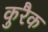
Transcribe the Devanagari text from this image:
कुरैक